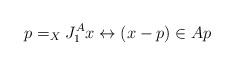
LaTeX: \begin{align*}p=_XJ^A_1 x\leftrightarrow (x-p)\in Ap\end{align*}